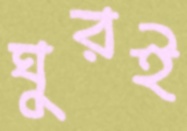
ঘুরই